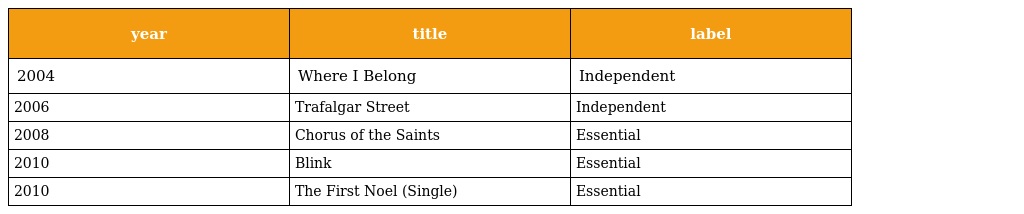
| year | title | label |
 | --- | --- | --- |
 | 2004 | Where I Belong | Independent |
 | 2006 | Trafalgar Street | Independent |
 | 2008 | Chorus of the Saints | Essential |
 | 2010 | Blink | Essential |
 | 2010 | The First Noel (Single) | Essential |